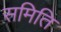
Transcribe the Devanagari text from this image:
समिति